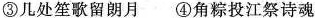
③几处笙歌留朗月④角粽投江祭诗魂